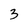
Character: 3